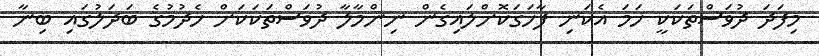
މިފަދަ ދުވަސްތަކަކީ ހަމަ އެކަނި ފާހަގަކޮށްލައިގެން ނިންމާލާ ދުވަސްތަކަކަށް ހެދުމުގެ ބަދަލުގައި ބިނާ